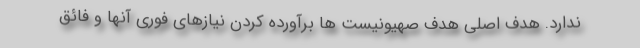
ندارد. هدف اصلی هدف صهیونیست ها برآورده کردن نیازهای فوری آنها و فائق